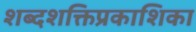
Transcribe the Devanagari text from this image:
शब्दशक्तिप्रकाशिका